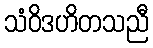
သံဝိဒဟိတသညီ